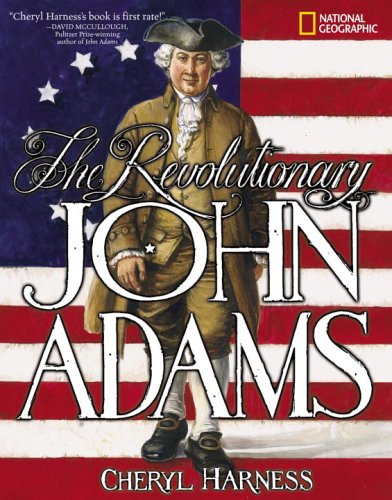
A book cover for Revolutionary John Adams; Cheryl Harness; Children's Books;